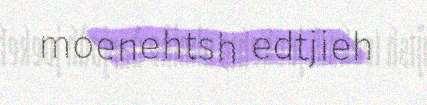
moenehtsh edtjieh